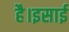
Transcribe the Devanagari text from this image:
है।इसाई